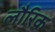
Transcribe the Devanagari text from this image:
लौरिक